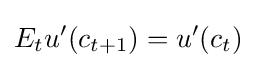
E_{t}u^{\prime }(c_{t+1})=u^{\prime }(c_{t})